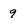
Character: 9